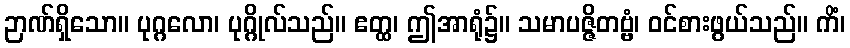
ဉာဏ်ရှိသော။ ပုဂ္ဂလော၊ ပုဂ္ဂိုလ်သည်။ ဧတ္ထ၊ ဤအာရုံ၌။ သမာပဇ္ဇိတဗ္ဗံ၊ ဝင်စားဖွယ်သည်။ ကိံ၊